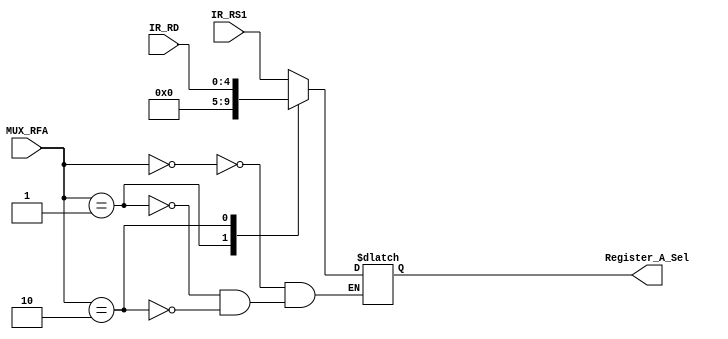
module Multiplexer_RFA (
				output reg [4:0] Register_A_Sel,
				input [4:0] IR_RS1,
				input [4:0] IR_RD,
				input [1:0] MUX_RFA
				);
	always @*
		begin
		case (MUX_RFA)
			2'b00:
				begin
				Register_A_Sel = IR_RS1;
				end
			2'b01:
				begin
				Register_A_Sel = 5'b00000;
				end
			2'b10:
				begin
				Register_A_Sel = IR_RD;
				end
			default:
				begin
				//$display("Invalid MUX_RFA Control Signal: %d", MUX_RFA);
				end
		endcase
		end
endmodule